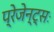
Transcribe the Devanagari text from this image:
प्रेजेन्ट्सः